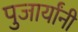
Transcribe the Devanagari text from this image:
पुजार्यांनी